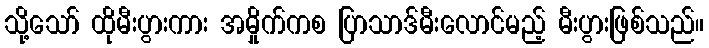
သို့သော် ထိုမီးပွားကား အမှိုက်ကစ ပြာသာဒ်မီးလောင်မည့် မီးပွားဖြစ်သည်။